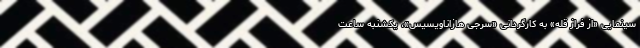
سینمایی «از فراز قله» به کارگردانی «سرجی هازاناویسیس»، یکشنبه ساعت